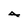
Character: 4